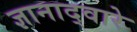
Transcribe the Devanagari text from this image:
ज्ञानाद्वारे